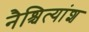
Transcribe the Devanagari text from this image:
नैश्चित्यांश